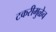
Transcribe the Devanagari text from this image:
टकरीमुळेच